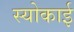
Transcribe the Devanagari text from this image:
स्योकाई